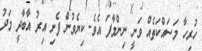
ހުރިހާ މަސައްކަތެއް ވަނީ ނިންމާފަ އެވެ. ކިޔެވުން ފެށި އިރު އާބާދީ މަދު